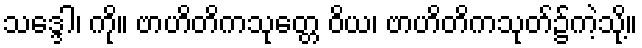
သဒ္ဒေါ၊ ကို။ ဗာဟိတိကသုတ္တေ ဝိယ၊ ဗာဟိတိကသုတ်၌ကဲ့သို့။